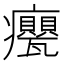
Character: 𭼹